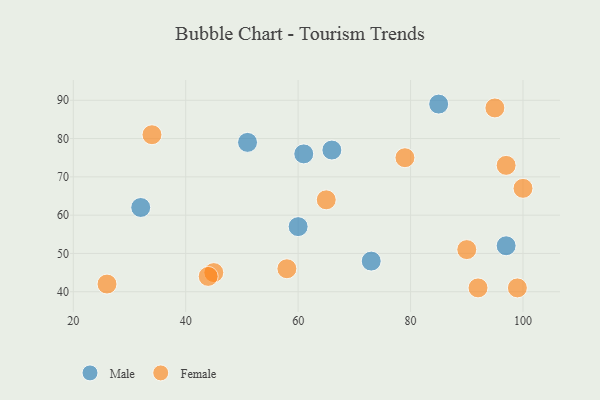
{"axis": {"x": "GDP", "y": "Life Expectancy"}, "legend": ["Female", "Male"], "data": [{"x": "60", "y": 57, "type": "Male"}, {"x": "32", "y": 62, "type": "Male"}, {"x": "73", "y": 48, "type": "Male"}, {"x": "97", "y": 52, "type": "Male"}, {"x": "66", "y": 77, "type": "Male"}, {"x": "61", "y": 76, "type": "Male"}, {"x": "85", "y": 89, "type": "Male"}, {"x": "51", "y": 79, "type": "Male"}, {"x": "92", "y": 41, "type": "Female"}, {"x": "79", "y": 75, "type": "Female"}, {"x": "45", "y": 45, "type": "Female"}, {"x": "34", "y": 81, "type": "Female"}, {"x": "97", "y": 73, "type": "Female"}, {"x": "99", "y": 41, "type": "Female"}, {"x": "26", "y": 42, "type": "Female"}, {"x": "90", "y": 51, "type": "Female"}, {"x": "95", "y": 88, "type": "Female"}, {"x": "58", "y": 46, "type": "Female"}, {"x": "100", "y": 67, "type": "Female"}, {"x": "44", "y": 44, "type": "Female"}, {"x": "65", "y": 64, "type": "Female"}]}